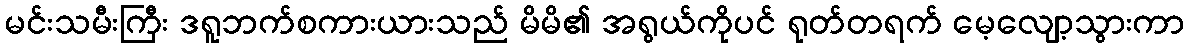
မင်းသမီးကြီး ဒရူဘက်စကားယားသည် မိမိ၏ အရွယ်ကိုပင် ရုတ်တရက် မေ့လျော့သွားကာ